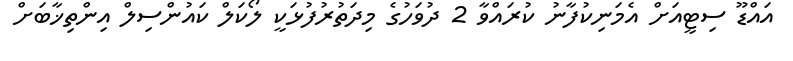
އައްޑޫ ސިޓީއަށް އެމަނިކުފާނު ކުރައްވާ 2 ދުވަހުގެ މިދަތުރުފުޅަކީ ލޯކަލް ކައުންސިލް އިންތިޚާބަށް